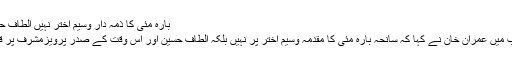
بارہ مئی کا ذمہ دار وسیم اختر نہیں الطاف حسین اور مشرف ہیں
ایک سوال کے جواب میں عمران خان نے کہا کہ سانحہ بارہ مئی کا مقدمہ وسیم اختر پر نہیں بلکہ الطاف حسین اور اس وقت کے صدر پرویزمشرف پر قائم کیا جانا چاہیئے۔